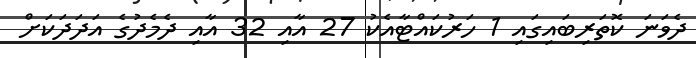
ދެވަނަ ކޮތަރިބައިގައި 1 ހަރުކައްޓާއެކު 27 އާއި 32 އާއި ދެމެދުގެ އަދަދަކަށް